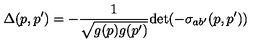
\Delta ( p , p ^ { \prime } ) = - \frac { 1 } { \sqrt { g ( p ) g ( p ^ { \prime } ) } } \mathrm { d e t } ( - \sigma _ { a b ^ { \prime } } ( p , p ^ { \prime } ) )